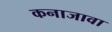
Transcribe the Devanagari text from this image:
कनाजावा